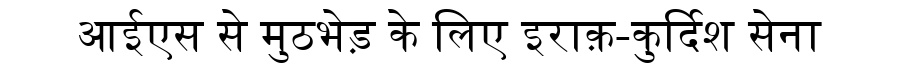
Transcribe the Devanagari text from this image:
आईएस से मुठभेड़ के लिए इराक़-कुर्दिश सेना